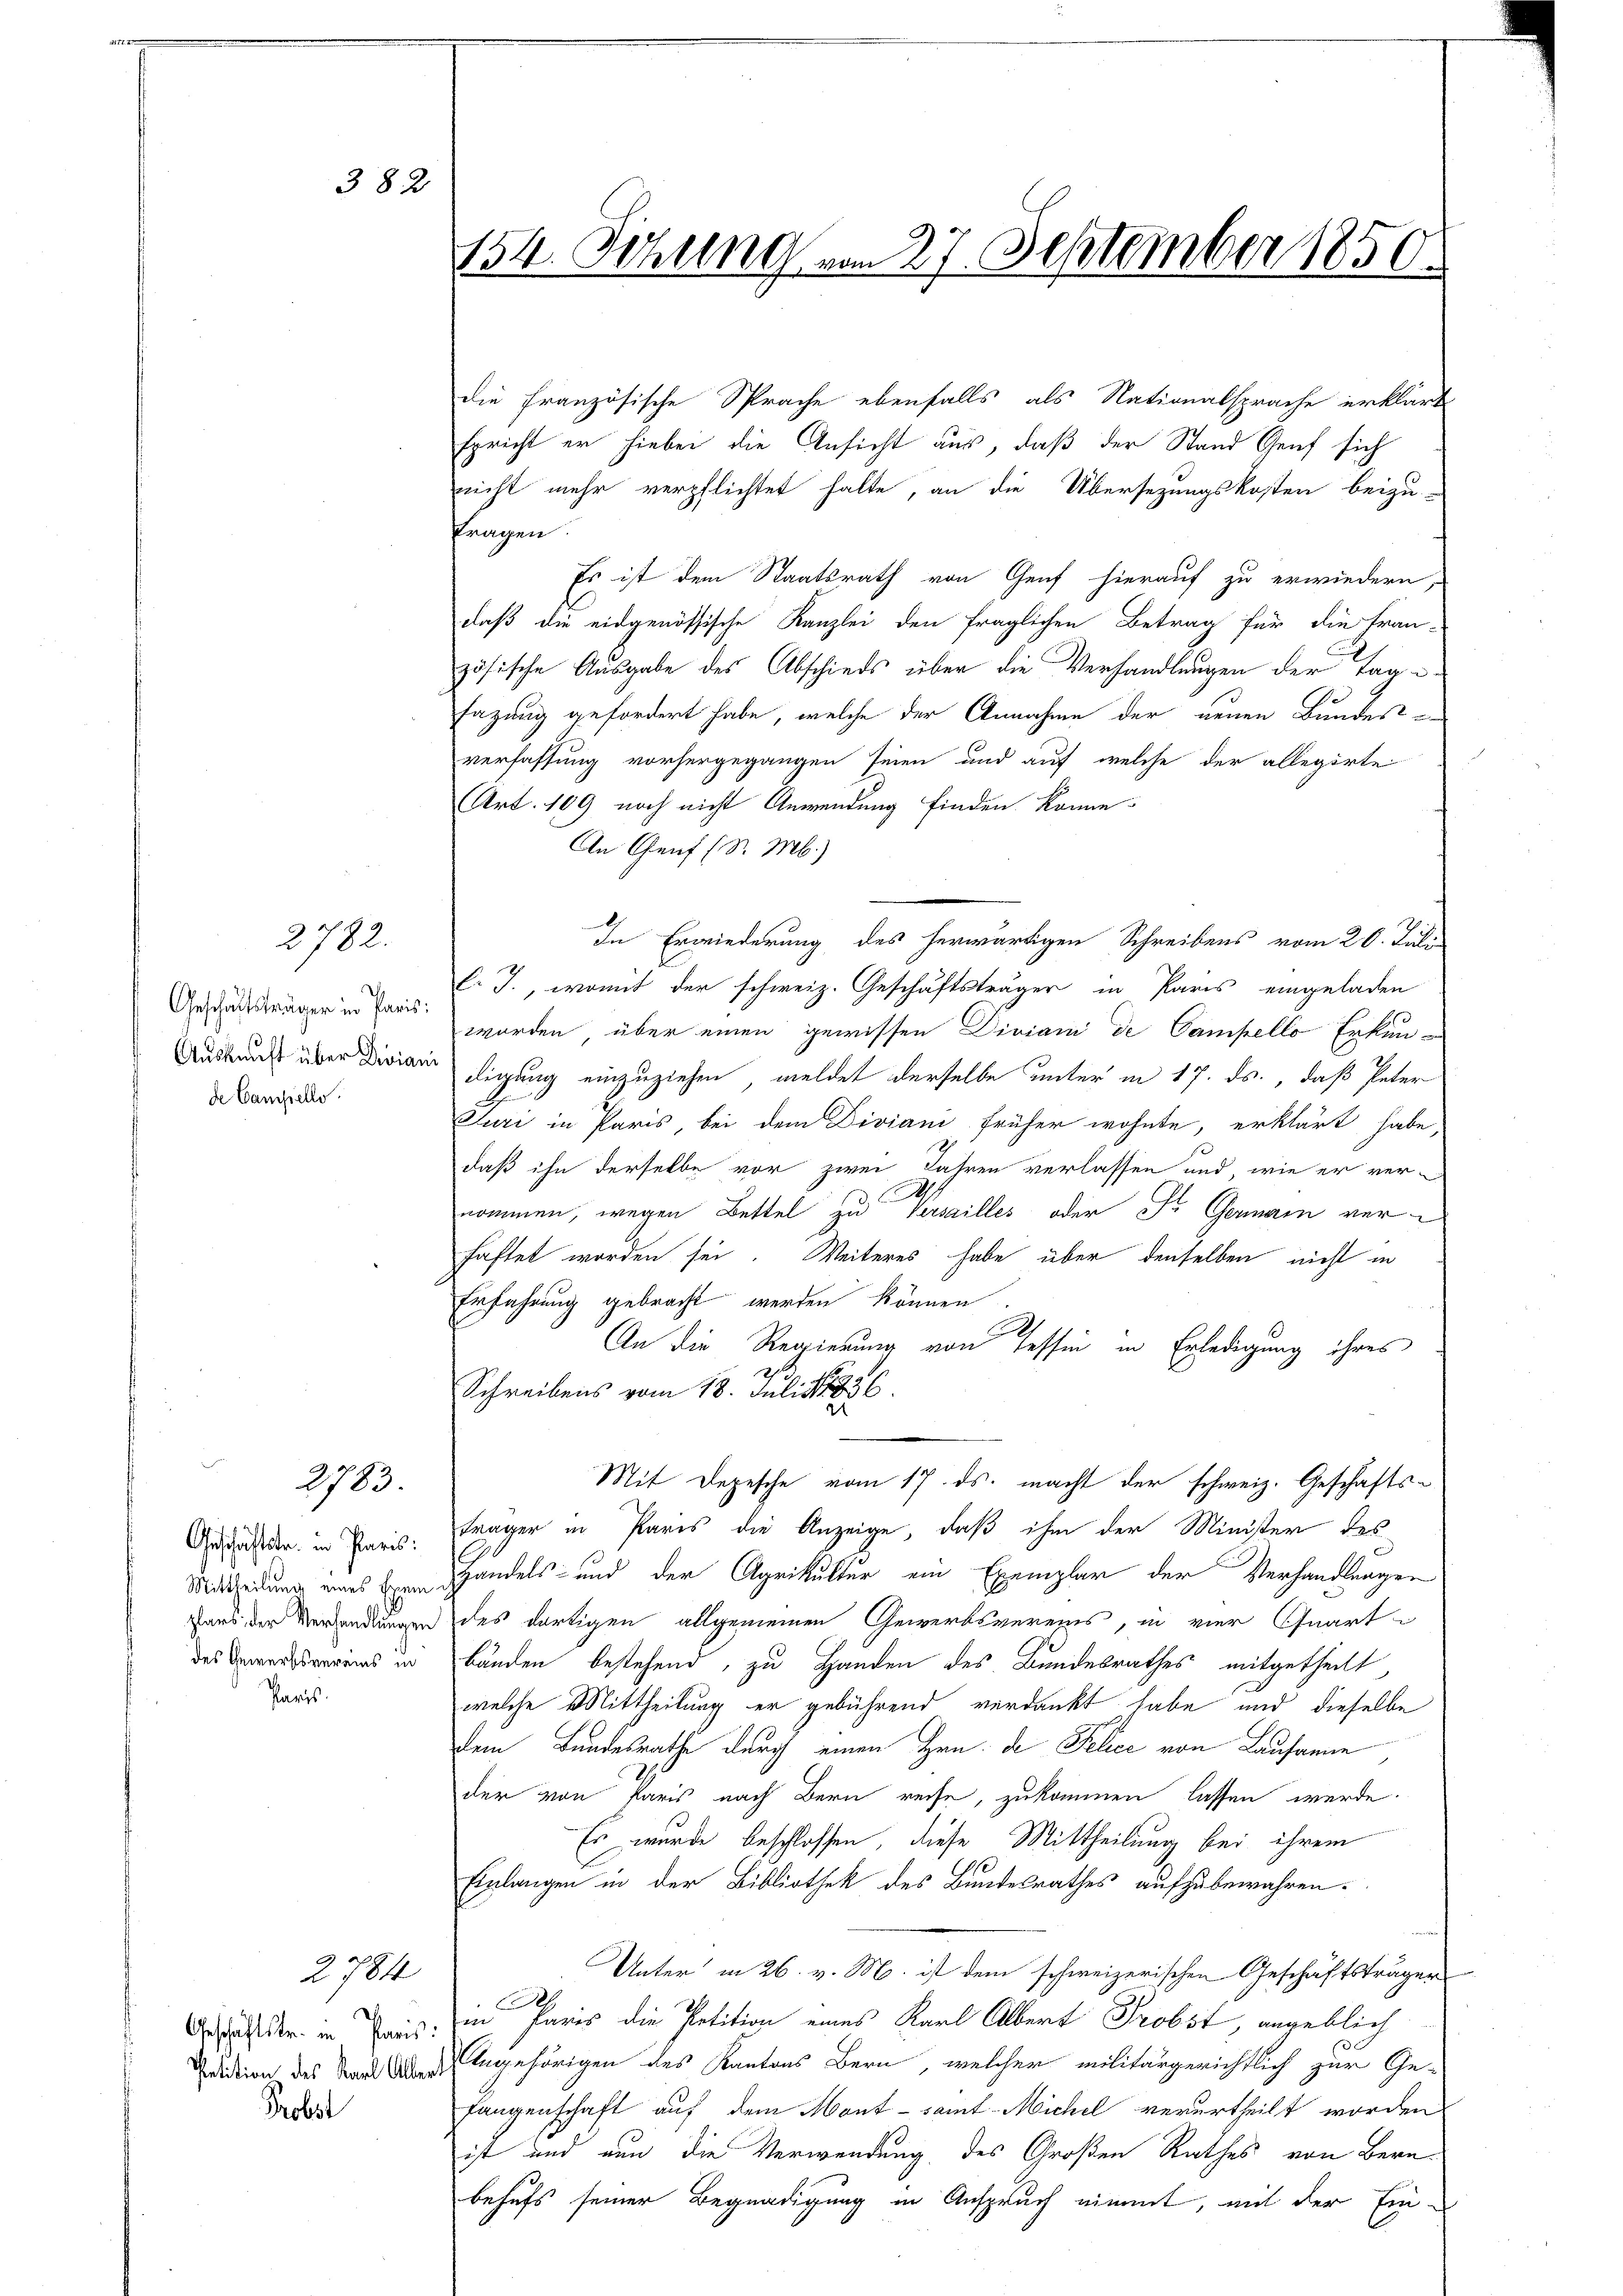
2782.

Geschäftsträger in Paris:
Auskunft über Diviani
de Campielle.

382

2783.

Geschäftstr. in Paris:
Mittheilung eines Exem
plars der Verhandlungen
des Gewerbsvereins in
Paris.

Geschäftstr. in Paris.
Petition des Karl Alber.
Probst

2784

154. Sitzung vom 27. September 1850.

die Französische Sprache ebenfalls als Nationalsprache erklärt
spricht er hiebei die Ansicht aus, daß der Stand Genf sich
nicht mehr verpflichtet halte, an die Übersezungskosten beizu-
ragen.
Es ist dem Staatsrath von Genf hierauf zu erwiedern,
daß die eidgenössische Kanzlei den fraglichen Betrag für die tran-
zösische Ausgabe des Abschieds über die Verhandlungen der Tage-
e
sazung gefordert habe, welche der Annahme der neuen Bandes-
verfassung vorhergegangen seien und auf welche der allegirte
Art. 109 noch nicht Anwendung finden könne.
An Genf (S. M.)
In Erwiederung des herwärtigen Schreibens vom 20. Juli
f. J., womit der schweiz. Geschäftsträger in Paris eingeladen
worden über einen gewissen Diviani de Campello Erkundigung einzuziehen, meldet derselbe unter in 17. ds., daß Peter
i
Juri in Paris, bei dem Diviani früher wohnte, erklärt habe
daß ihn derselbe vor zwei Jahren verlassen und, wie er ver-
nommen, wegen Bettel zu Verseilles oder Fr. Germann verhaftet worden sei. Weiteres habe über denselben nicht in
Erfahrung gebracht werden können
An die Regierung von Tessin in Erledigung ihres
Schreibens vom 18. Juli 186
Mit Depesche vom 17. ds. macht der schweiz. Geschäftsträger in Paris die Anzeige, daß ihm der Minister des
Handels- und der Agrikultur ein Exemplar der Verhandlungen
des dortigen allgemeinen Gewerbsvereins, in vier Quart
bänden bestehend, zu Handen des Bundesrathes mitgetheilt
welche Mittheilung er gebührend verdankt habe und dieselbe
dem Bundesrathe durch einen Hrn. de Felice von Lausanne
der von Paris nach Bern reise, zukommen lassen werde.
Es wurde beschlossen, diese Mittheilung bei ihrem
Einlangen in der Bibliothek des Bundesrathes aufzubewahren.
Unter in 26. v. M. ist dem schweizerischen Geschäftsträger
Se
in. Paris die Petition eines Karl Albert Probst, angeblich
Engehörigen des Kantons Bern, welcher militärgerichtlich zur Ge-
fangenschaft auf dem Mont - samt Michel verurtheilt worden
ist und nun die Verwendung des Großen Rathes von Bernbehufs seiner Begnadigung in Anspruch nimmt, mit der Ein¬